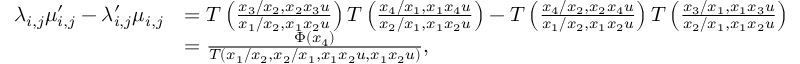
\begin{array} { r l } { \lambda _ { i , j } \mu _ { i , j } ^ { \prime } - \lambda _ { i , j } ^ { \prime } \mu _ { i , j } } & { = T \left( \frac { x _ { 3 } / x _ { 2 } , x _ { 2 } x _ { 3 } u } { x _ { 1 } / x _ { 2 } , x _ { 1 } x _ { 2 } u } \right) T \left( \frac { x _ { 4 } / x _ { 1 } , x _ { 1 } x _ { 4 } u } { x _ { 2 } / x _ { 1 } , x _ { 1 } x _ { 2 } u } \right) - T \left( \frac { x _ { 4 } / x _ { 2 } , x _ { 2 } x _ { 4 } u } { x _ { 1 } / x _ { 2 } , x _ { 1 } x _ { 2 } u } \right) T \left( \frac { x _ { 3 } / x _ { 1 } , x _ { 1 } x _ { 3 } u } { x _ { 2 } / x _ { 1 } , x _ { 1 } x _ { 2 } u } \right) } \\ & { = \frac { \Phi ( x _ { 4 } ) } { T \left( x _ { 1 } / x _ { 2 } , x _ { 2 } / x _ { 1 } , x _ { 1 } x _ { 2 } u , x _ { 1 } x _ { 2 } u \right) } , } \end{array}